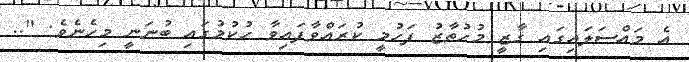
އެ މައްސަލައިގައި ގާޒީ މުހުތާޒު ފަހުމީ ކުރައްވާފައިވާ ހުކުމުގައި ބުނަނީ މިހެނެވެ: "..